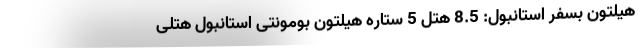
هیلتون بسفر استانبول: 8.5 هتل 5 ستاره هیلتون بومونتی استانبول هتلی